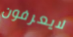
لايعرفون